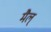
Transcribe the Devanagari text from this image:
मैल्